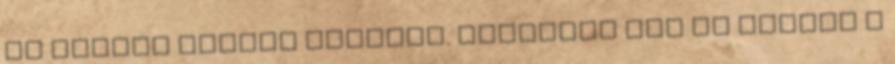
se tudjuk melyik irányba. Valamint itt és kérdés a